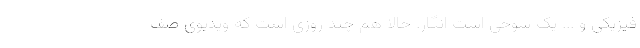
فیزیکی و ... یک شوخی است انگار. حالا هم چند روزی است که ویدیوی صف